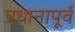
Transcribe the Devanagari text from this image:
प्रधानापूर्व